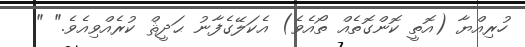
ހުރިއްޔާ (އޮތީ ކޮންގޮތެއް ތޯއެވެ) އެކަލޭގެފާނު ޙަދީޘް ކުރެއްވިއެވެ." "